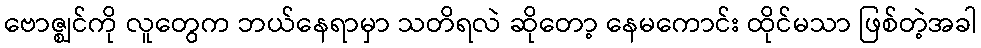
ဗောဇ္ဈင်ကို လူတွေက ဘယ်နေရာမှာ သတိရလဲ ဆိုတော့ နေမကောင်း ထိုင်မသာ ဖြစ်တဲ့အခါ